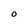
Character: O